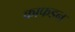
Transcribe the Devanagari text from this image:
काफडन